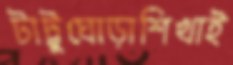
টাট্টুঘোড়াশিখাই